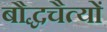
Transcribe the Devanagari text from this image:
बौद्धचैत्यों